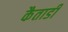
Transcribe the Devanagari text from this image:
कैताडी